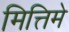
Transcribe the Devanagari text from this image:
मित्तिमे